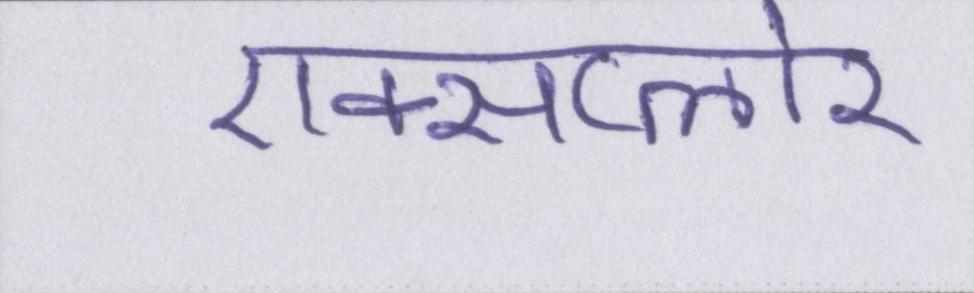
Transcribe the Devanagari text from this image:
एक्सप्लोर